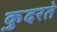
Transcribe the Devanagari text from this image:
कु़दरते